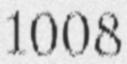
1008